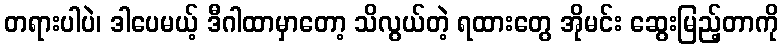
တရားပါပဲ၊ ဒါပေမယ့် ဒီဂါထာမှာတော့ သိလွယ်တဲ့ ရထားတွေ အိုမင်း ဆွေးမြည့်တာကို